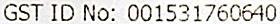
GST ID NO: 001531760640